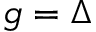
g = \Delta